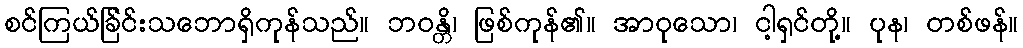
စင်ကြယ်ခြ်င်းသဘောရှိကုန်သည်။ ဘဝန္တိ၊ ဖြစ်ကုန်၏။ အာဝုသော၊ ငါ့ရှင်တို့။ ပုန၊ တစ်ဖန်။